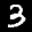
Label: 3